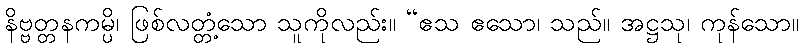
နိဗ္ဗတ္တနကမ္ပိ၊ ဖြစ်လတ္တံ့သော သူကိုလည်း။ “ဧသ ဧသော၊ သည်။ အဋ္ဌသု၊ ကုန်သော။